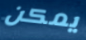
يمكن